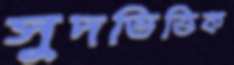
সুদভিত্তিক